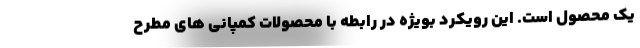
یک محصول است. این رویکرد بویژه در رابطه با محصولات کمپانی های مطرح